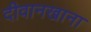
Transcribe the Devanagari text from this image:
दीवानखाना